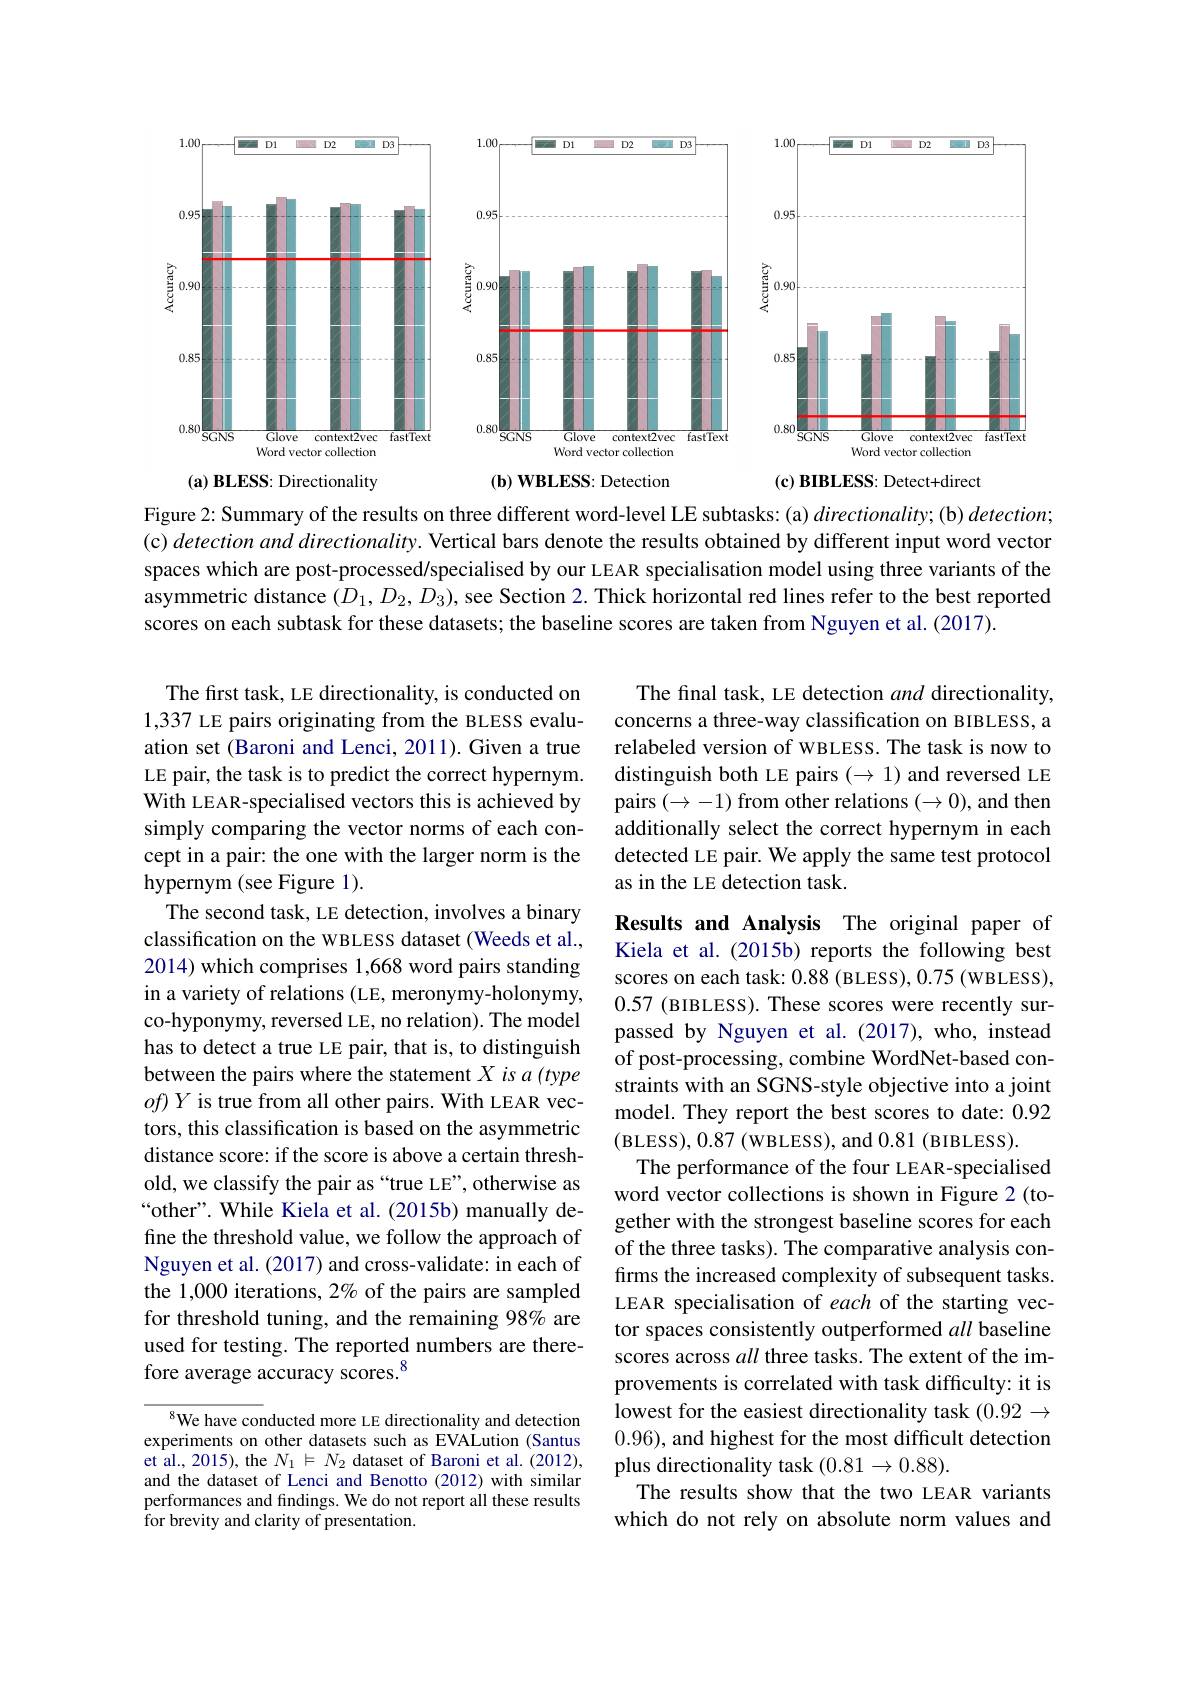
<FigureHere>
(a) BLESS: Directionality
$( \mathbf{b} ) \textbf{ WBLESS: Detection}$
$( \mathbf{c} ) \textbf{ BIBLESS: Detect+ direct}$

Figure 2: Summary of the results on three different word-level LE subtasks: (a) $directionality;$ (b) $detection;$ (c) detection and directionality. Vertical bars denote the results obtained by different input word vector spaces which are post-processed/specialised by our LEAR specialisation model using three variants of the asymmetric distance $(D_1,D_2,D_3)$, see Section 2. Thick horizontal red lines refer to the best reported scores on each subtask for these datasets; the baseline scores are taken from Nguyen et al. (2017).

The final task, LE detection and directionality, concerns a three-way classification on BIBLESS, a relabeled version of WBLESS. The task is now to distinguish both LE pairs $(\to1)$ and reversed LE pairs $(\to-1)$ from other relations $(\to0)$, and then additionally select the correct hypernym in each detected LE pair. We apply the same test protocol as in the LE detection task.

The first task, LE directionality, is conducted on 1,337 LE pairs originating from the BLESS evaluation set (Baroni and Lenci, 2011).Given a true LE pair, the task is to predict the correct hypernym. With LEAR-specialised vectors this is achieved by simply comparing the vector norms of each concept in a pair: the one with the larger norm is the hypernym (see Figure 1).
The second task, LE detection, involves a binary classification on the WBLESS dataset (Weeds et al., 2014) which comprises 1,668 word pairs standing in a variety of relations (LE, meronymy-holonymy, co-hyponymy, reversed LE, no relation). The model has to detect a true LE pair, that is, to distinguish between the pairs where the statement $X$ is a (type $of)Y$ is true from all other pairs. With LEAR vectors, this classification is based on the asymmetric distance score: if the score is above a certain threshold, we classify the pair as “true LE”, otherwise as “other”. While Kiela et al. (2015b) manually define the threshold value, we follow the approach of Nguyen et al. (2017) and cross-validate: in each of the 1,000 iterations, 2% of the pairs are sampled for threshold tuning, and the remaining 98% are used for testing. The reported numbers are therefore average accuracy scores.$^{8}$

Results and Analysis The original paper of Kiela et al. (2015b) reports the following best scores on each task: 0.88 (BLESS), 0.75 (WBLESS), 0.57 (BIBLESS). These scores were recently surpassed by Nguyen et al.(2017),who, instead of post-processing, combine WordNet-based constraints with an SGNS-style objective into a joint model. They report the best scores to date: 0.92 (BLESS),0.87 (WBLESS), and 0.81 (BIBLESS).
The performance of the four LEAR-specialised word vector collections is shown in Figure 2(together with the strongest baseline scores for each of the three tasks). The comparative analysis confirms the increased complexity of subsequent tasks. LEAR specialisation of each of the starting vector spaces consistently outperformed all baseline scores across all three tasks. The extent of the improvements is correlated with task difficulty: it is lowest for the easiest directionality task (0.92 → 0.96), and highest for the most difficult detection plus directionality task $(0.81\to0.88).$
The results show that the two LEAR variants which do not rely on absolute norm values and

$^{8}$We have conducted more LE directionality and detection experiments on other datasets such as EVALution (Santus et al., 2015), the $N_1\models N_2$ dataset of Baroni et al. (2012), and the dataset of Lenci and Benotto (2012) with similar performances and findings. We do not report all these results ${\mathrm{for~brevity~and~clarity~of~presentation.}}$